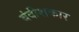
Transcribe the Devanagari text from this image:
बंदीशकार